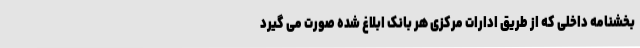
بخشنامه داخلی که از طریق ادارات مرکزی هر بانک ابلاغ شده صورت می گیرد